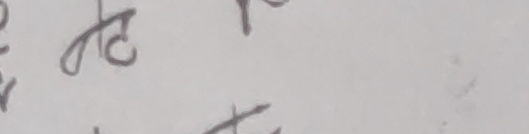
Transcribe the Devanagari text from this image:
पछत्